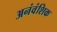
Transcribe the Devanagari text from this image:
अनंवंशिक